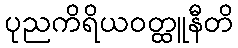
ပုညကိရိယဝတ္ထူနီတိ